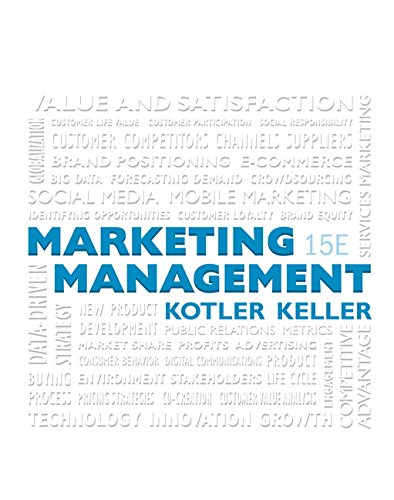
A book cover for Marketing Management (15th Edition); Philip T Kotler; Business & Money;